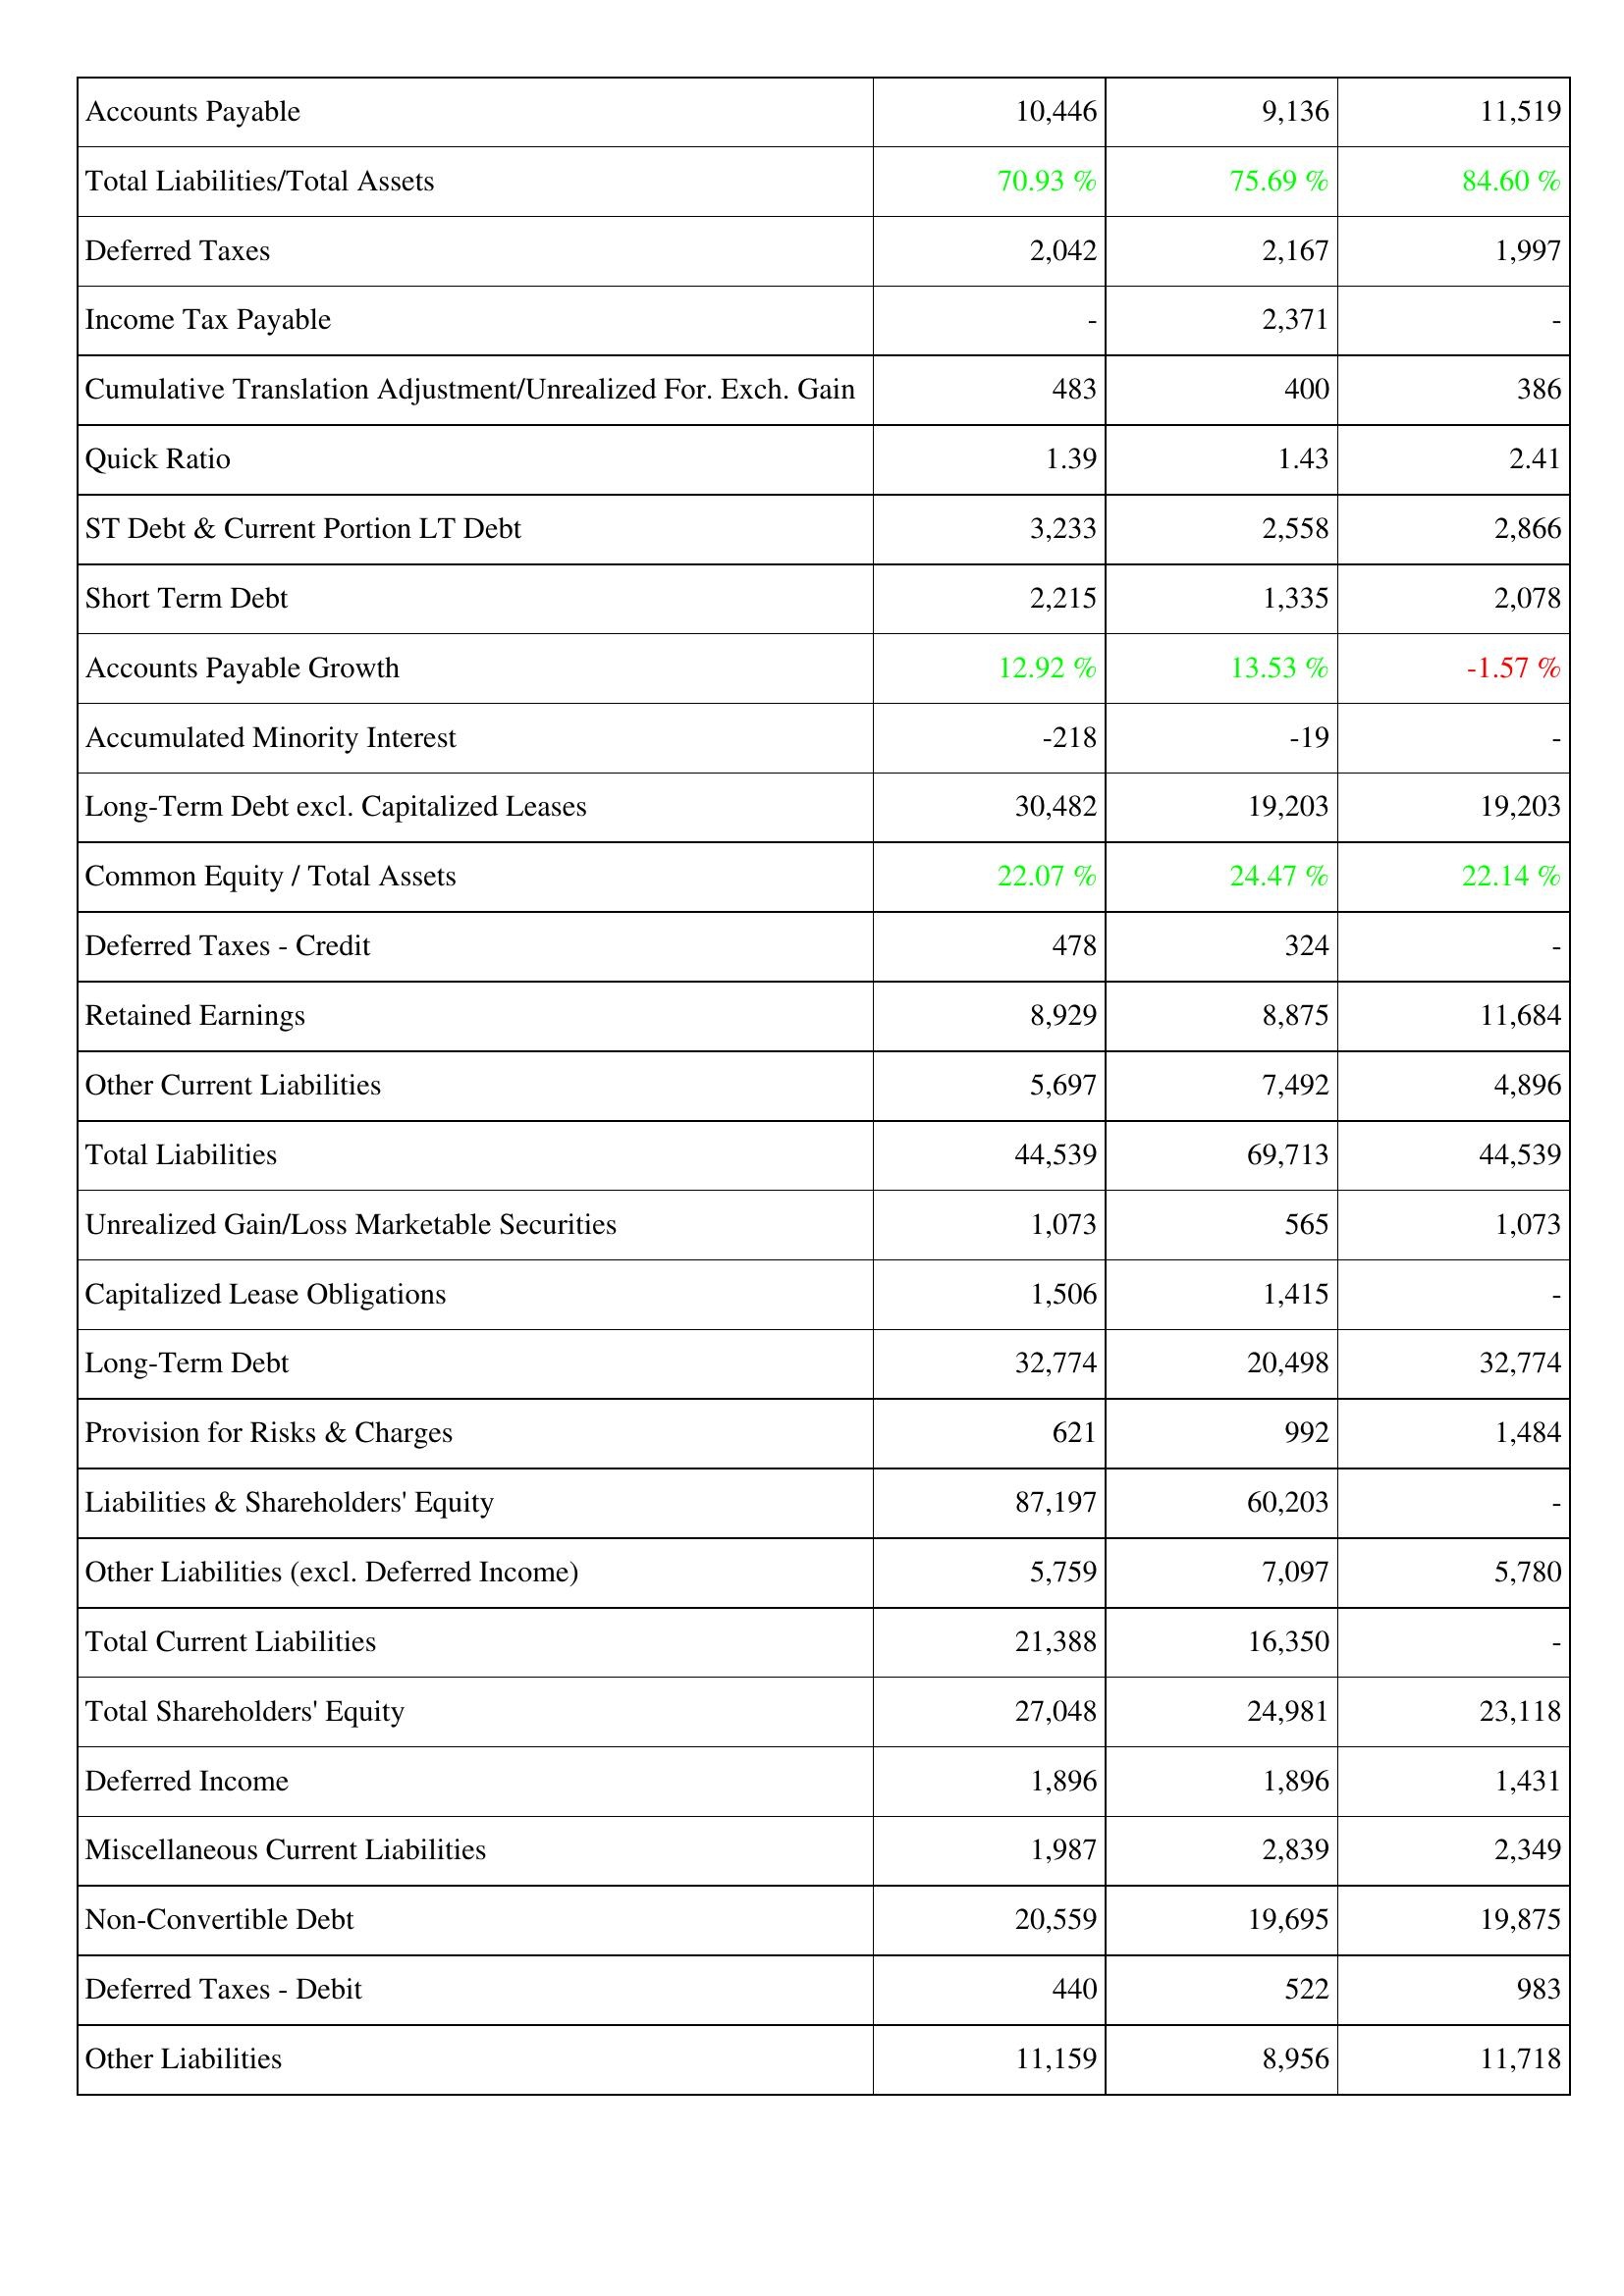
2017: Liabilities & Shareholders' Equity: Accounts Payable: 10,446
Total Liabilities/Total Assets: 70.93 %
Deferred Taxes: 2,042
Income Tax Payable: -
Cumulative Translation Adjustment/Unrealized For. Exch. Gain: 483
Quick Ratio: 1.39
ST Debt & Current Portion LT Debt: 3,233
Short Term Debt: 2,215
Accounts Payable Growth: 12.92 %
Accumulated Minority Interest: -218
Long-Term Debt excl. Capitalized Leases: 30,482
Common Equity / Total Assets: 22.07 %
Deferred Taxes - Credit: 478
Retained Earnings: 8,929
Other Current Liabilities: 5,697
Total Liabilities: 44,539
Unrealized Gain/Loss Marketable Securities: 1,073
Capitalized Lease Obligations: 1,506
Long-Term Debt: 32,774
Provision for Risks & Charges: 621
Liabilities & Shareholders' Equity: 87,197
Other Liabilities (excl. Deferred Income): 5,759
Total Current Liabilities: 21,388
Total Shareholders' Equity: 27,048
Deferred Income: 1,896
Miscellaneous Current Liabilities: 1,987
Non-Convertible Debt: 20,559
Deferred Taxes - Debit: 440
Other Liabilities: 11,159
2018: Liabilities & Shareholders' Equity: Accounts Payable: 9,136
Total Liabilities/Total Assets: 75.69 %
Deferred Taxes: 2,167
Income Tax Payable: 2,371
Cumulative Translation Adjustment/Unrealized For. Exch. Gain: 400
Quick Ratio: 1.43
ST Debt & Current Portion LT Debt: 2,558
Short Term Debt: 1,335
Accounts Payable Growth: 13.53 %
Accumulated Minority Interest: -19
Long-Term Debt excl. Capitalized Leases: 19,203
Common Equity / Total Assets: 24.47 %
Deferred Taxes - Credit: 324
Retained Earnings: 8,875
Other Current Liabilities: 7,492
Total Liabilities: 69,713
Unrealized Gain/Loss Marketable Securities: 565
Capitalized Lease Obligations: 1,415
Long-Term Debt: 20,498
Provision for Risks & Charges: 992
Liabilities & Shareholders' Equity: 60,203
Other Liabilities (excl. Deferred Income): 7,097
Total Current Liabilities: 16,350
Total Shareholders' Equity: 24,981
Deferred Income: 1,896
Miscellaneous Current Liabilities: 2,839
Non-Convertible Debt: 19,695
Deferred Taxes - Debit: 522
Other Liabilities: 8,956
2019: Liabilities & Shareholders' Equity: Accounts Payable: 11,519
Total Liabilities/Total Assets: 84.60 %
Deferred Taxes: 1,997
Income Tax Payable: -
Cumulative Translation Adjustment/Unrealized For. Exch. Gain: 386
Quick Ratio: 2.41
ST Debt & Current Portion LT Debt: 2,866
Short Term Debt: 2,078
Accounts Payable Growth: -1.57 %
Accumulated Minority Interest: -
Long-Term Debt excl. Capitalized Leases: 19,203
Common Equity / Total Assets: 22.14 %
Deferred Taxes - Credit: -
Retained Earnings: 11,684
Other Current Liabilities: 4,896
Total Liabilities: 44,539
Unrealized Gain/Loss Marketable Securities: 1,073
Capitalized Lease Obligations: -
Long-Term Debt: 32,774
Provision for Risks & Charges: 1,484
Liabilities & Shareholders' Equity: -
Other Liabilities (excl. Deferred Income): 5,780
Total Current Liabilities: -
Total Shareholders' Equity: 23,118
Deferred Income: 1,431
Miscellaneous Current Liabilities: 2,349
Non-Convertible Debt: 19,875
Deferred Taxes - Debit: 983
Other Liabilities: 11,718